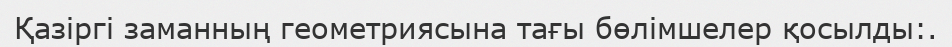
Қазіргі заманның геометриясына тағы бөлімшелер қосылды:.